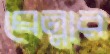
ঘেন্নার